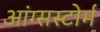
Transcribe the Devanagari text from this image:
आंग्सस्टोर्म